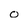
Character: o